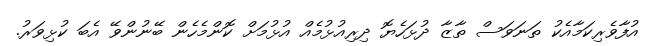
އުފާވެރިކަމާއެކު ތަނަވަސް ތާޒާ ދުޅަހެޔޮ ދިރިއުޅުމެއް އުޅުމަށް ކޮންމެހެން ބޭނުންވޭ އެބަ ކުޅިވަރު.